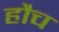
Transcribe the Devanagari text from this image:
हौच